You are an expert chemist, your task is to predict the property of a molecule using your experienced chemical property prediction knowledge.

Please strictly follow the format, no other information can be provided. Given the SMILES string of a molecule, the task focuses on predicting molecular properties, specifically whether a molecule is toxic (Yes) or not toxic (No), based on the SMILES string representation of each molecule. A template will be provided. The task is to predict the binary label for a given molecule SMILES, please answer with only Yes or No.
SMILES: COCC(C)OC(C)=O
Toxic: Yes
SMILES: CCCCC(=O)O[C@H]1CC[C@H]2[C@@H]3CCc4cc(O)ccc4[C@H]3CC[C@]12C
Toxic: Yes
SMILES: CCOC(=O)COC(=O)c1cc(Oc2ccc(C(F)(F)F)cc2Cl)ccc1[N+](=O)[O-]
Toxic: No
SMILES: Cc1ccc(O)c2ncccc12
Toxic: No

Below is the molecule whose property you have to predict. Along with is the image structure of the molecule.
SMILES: O=c1c(-c2ccccc2)c1-c1ccccc1
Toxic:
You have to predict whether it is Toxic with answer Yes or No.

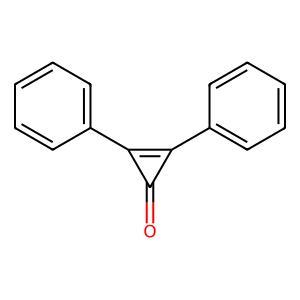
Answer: No